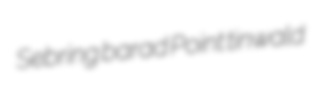
Sebring barad Point tinwald